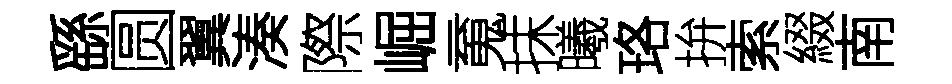
繇圆翼湊際崛䰟抹曦珞拚索綴南